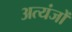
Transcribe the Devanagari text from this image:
अत्यंजों